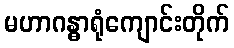
မဟာဂန္ဓာရုံကျောင်းတိုက်